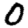
Digit: 0